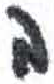
אות: ב